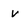
Character: v